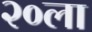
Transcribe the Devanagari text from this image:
२०ला